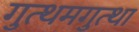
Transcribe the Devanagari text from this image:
गुत्थमगुत्था